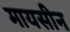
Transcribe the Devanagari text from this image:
मायसीन